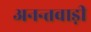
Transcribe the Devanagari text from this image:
अनन्तवाड़ी